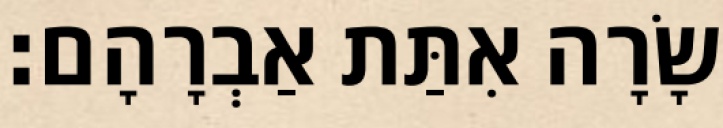
שָׂרָה אִתַּת אַבְרָהָם׃